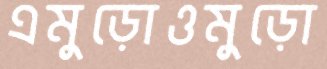
এমুড়োওমুড়ো